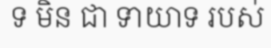
ទ មិន ជា ទាយាទ របស់